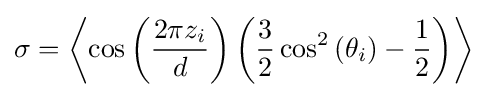
\sigma =\left\langle \cos \left({\frac {2\pi z_{i}}{d}}\right)\left({\frac {3}{2}}\cos ^{2}\left(\theta _{i}\right)-{\frac {1}{2}}\right)\right\rangle